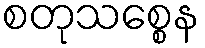
စတုသစ္စေန